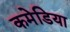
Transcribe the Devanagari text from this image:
कमेडिया